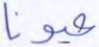
عيونا